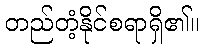
တည်တံ့နိုင်စရာရှိ၏။